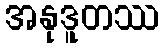
အနုဒူတဿ